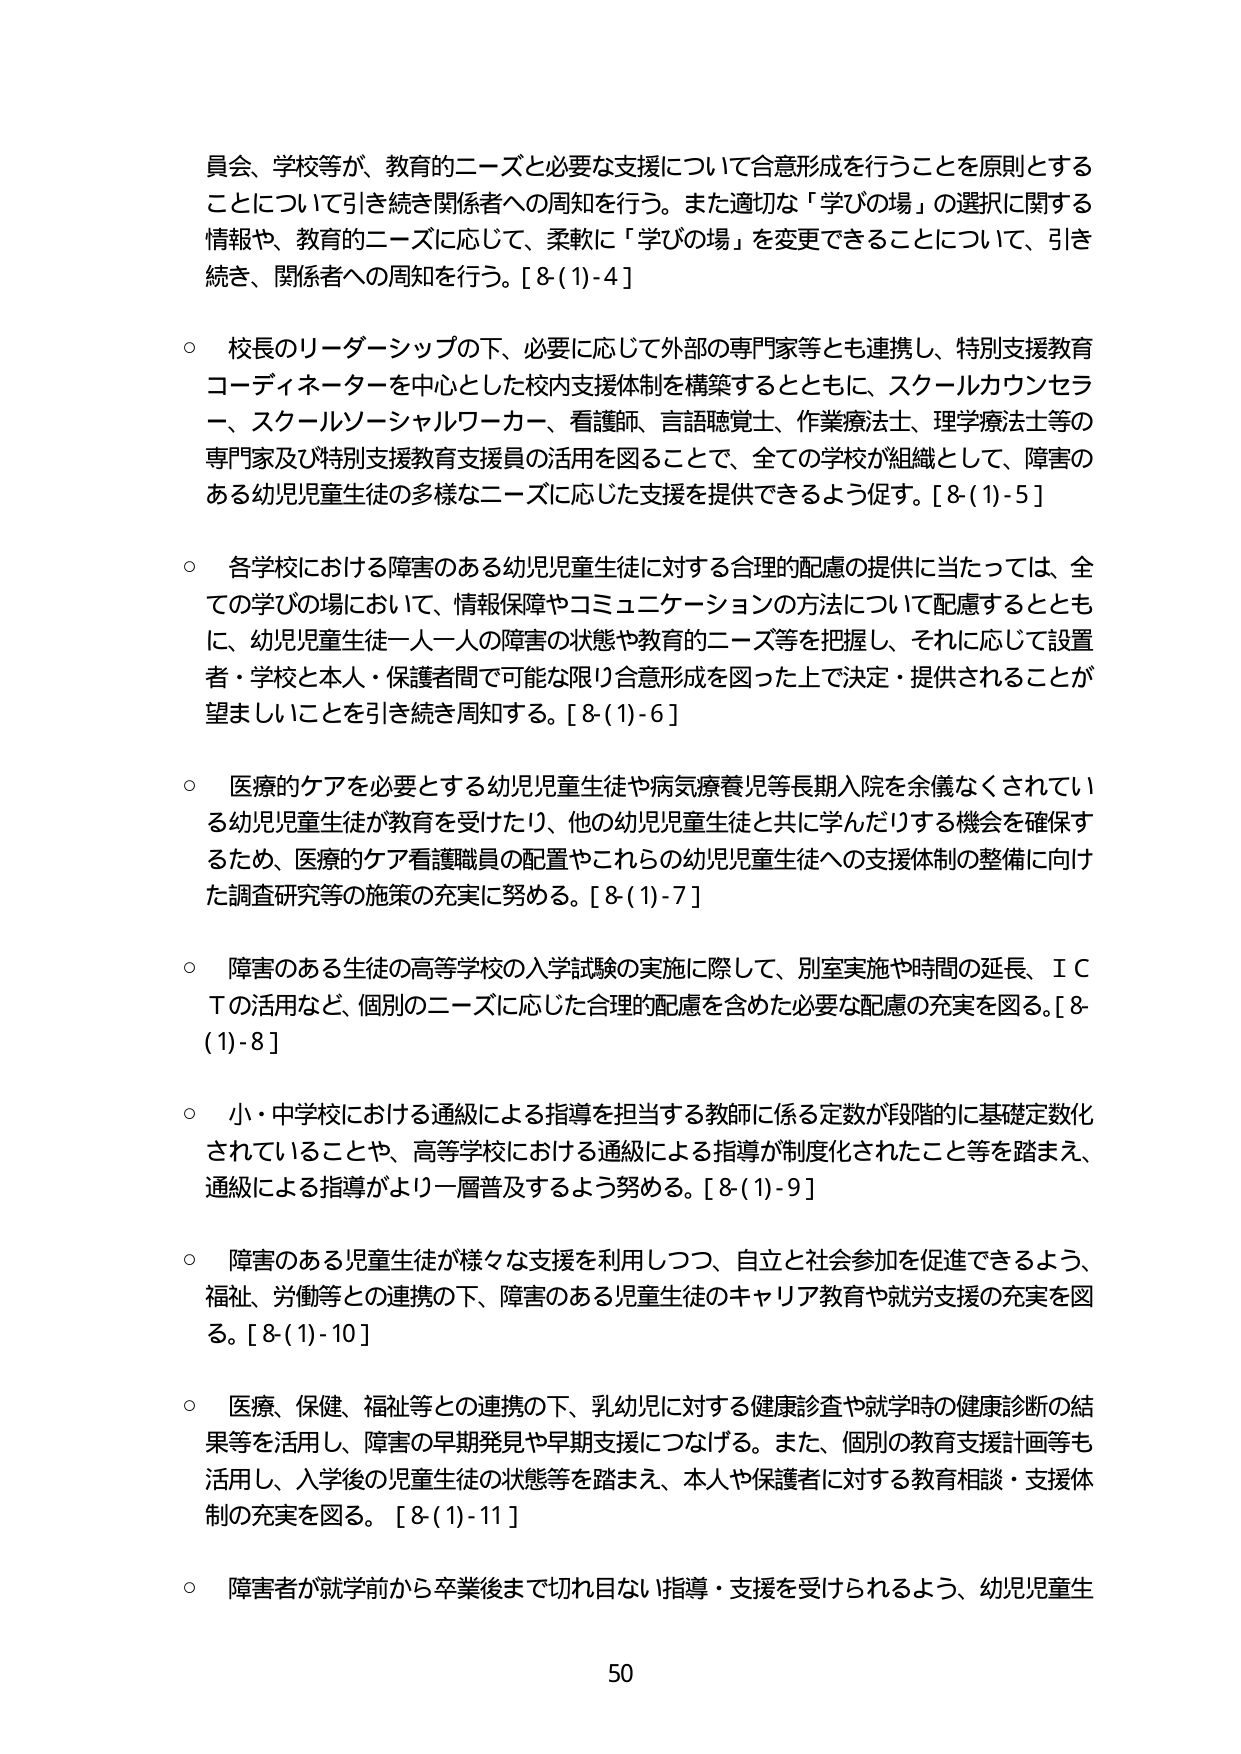
員会、学校等が、教育的ニーズと必要な支援について合意形成を行うことを原則とする
ことについて引き続き関係者への周知を行う。また適切な「学びの場」の選択に関する
情報や、教育的ニーズに応じて、柔軟に「学びの場」を変更できることについて、引き
続き、関係者への周知を行う。[8-(1)-4]

○ 校長のリーダーシップの下、必要に応じて外部の専門家等とも連携し、特別支援教育
コーディネーターを中心とした校内支援体制を構築するとともに、スクールカウンセラ
ー、スクールソーシャルワーカー、看護師、言語聴覚士、作業療法士、理学療法士等の
専門家及び特別支援教育支援員の活用を図ることで、全ての学校が組織として、障害の
ある幼児児童生徒の多様なニーズに応じた支援を提供できるよう促す。[8-(1)-5]

○ 各学校における障害のある幼児児童生徒に対する合理的配慮の提供に当たっては、全
ての学びの場において、情報保障やコミュニケーションの方法について配慮するととも
に、幼児児童生徒一人一人の障害の状態や教育的ニーズ等を把握し、それに応じて設置
者・学校と本人・保護者間で可能な限り合意形成を図った上で決定・提供されることが
望ましいことを引き続き周知する。[8-(1)-6]

○ 医療的ケアを必要とする幼児児童生徒や病気療養児等長期入院を余儀なくされてい
る幼児児童生徒が教育を受けたり、他の幼児児童生徒と共に学んだりする機会を確保す
るため、医療的ケア看護職員の配置やこれらの幼児児童生徒への支援体制の整備に向け
た調査研究等の施策の充実に努める。[8-(1)-7]

○ 障害のある生徒の高等学校の入学試験の実施に際して、別室実施や時間の延長、ＩＣ
Ｔの活用など、個別のニーズに応じた合理的配慮を含めた必要な配慮の充実を図る。[8-
(1)-8]

○ 小・中学校における通級による指導を担当する教師に係る定数が段階的に基礎定数化
されていることや、高等学校における通級による指導が制度化されたこと等を踏まえ、
通級による指導がより一層普及するよう努める。[8-(1)-9]

○ 障害のある児童生徒が様々な支援を利用しつつ、自立と社会参加を促進できるよう、
福祉、労働等との連携の下、障害のある児童生徒のキャリア教育や就労支援の充実を図
る。[8-(1)-10]

○ 医療、保健、福祉等との連携の下、乳幼児に対する健康診査や就学時の健康診断の結
果等を活用し、障害の早期発見や早期支援につなげる。また、個別の教育支援計画等も
活用し、入学後の児童生徒の状態等を踏まえ、本人や保護者に対する教育相談・支援体
制の充実を図る。[8-(1)-11]

○ 障害者が就学前から卒業後まで切れ目ない指導・支援を受けられるよう、幼児児童生

50